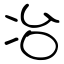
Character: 冶